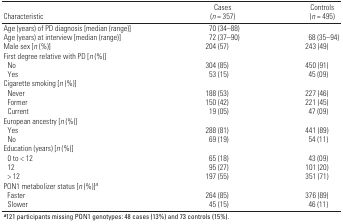
<table><thead><tr><td><b>Characteristic</b></td><td><b>Cases (<i>n</i> = 357)</b></td><td><b>Controls (<i>n</i> = 495)</b></td></tr></thead><tbody><tr><td><b>Age (years) of PD diagnosis [median (range)]</b></td><td>70 (34–88)</td></tr><tr><td><b>Age (years) at interview [median (range)]</b></td><td>72 (37–90)</td><td>68 (35–94)</td></tr><tr><td><b>Male sex [<i>n</i> (%)]</b></td><td>204 (57)</td><td>243 (49)</td></tr><tr><td><b>First degree relative with PD [<i>n</i> (%)]</b></td></tr><tr><td><b>No</b></td><td>304 (85)</td><td>450 (91)</td></tr><tr><td><b>Yes</b></td><td>53 (15)</td><td>45 (09)</td></tr><tr><td><b>Cigarette smoking [<i>n</i> (%)]</b></td></tr><tr><td><b>Never</b></td><td>188 (53)</td><td>227 (46)</td></tr><tr><td><b>Former</b></td><td>150 (42)</td><td>221 (45)</td></tr><tr><td><b>Current</b></td><td>19 (05)</td><td>47 (09)</td></tr><tr><td><b>European ancestry [<i>n</i> (%)]</b></td></tr><tr><td><b>Yes</b></td><td>288 (81)</td><td>441 (89)</td></tr><tr><td><b>No</b></td><td>69 (19)</td><td>54 (11)</td></tr><tr><td><b>Education (years) [<i>n</i> (%)]</b></td></tr><tr><td><b>0 to &lt; 12</b></td><td>65 (18)</td><td>43 (09)</td></tr><tr><td><b>12</b></td><td>95 (27)</td><td>101 (20)</td></tr><tr><td><b>&gt; 12</b></td><td>197 (55)</td><td>351 (71)</td></tr><tr><td><b>PON1 metabolizer status [<i>n</i> (%)]<sup><i>a</i></sup></b></td></tr><tr><td><b>Faster</b></td><td>264 (85)</td><td>376 (89)</td></tr><tr><td><b>Slower</b></td><td>45 (15)</td><td>46 (11)</td></tr><tr><td colspan="3"><sup><i><b>a</b></i></sup>121 participants missing PON1 genotypes: 48 cases (13%) and 73 controls (15%).</td></tr></tbody></table>